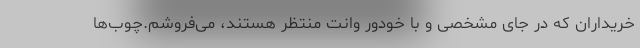
خریداران که در جای مشخصی و با خودور وانت منتظر هستند، می‌فروشم.چوب‌ها